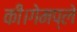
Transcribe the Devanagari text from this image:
की।गेमप्ले